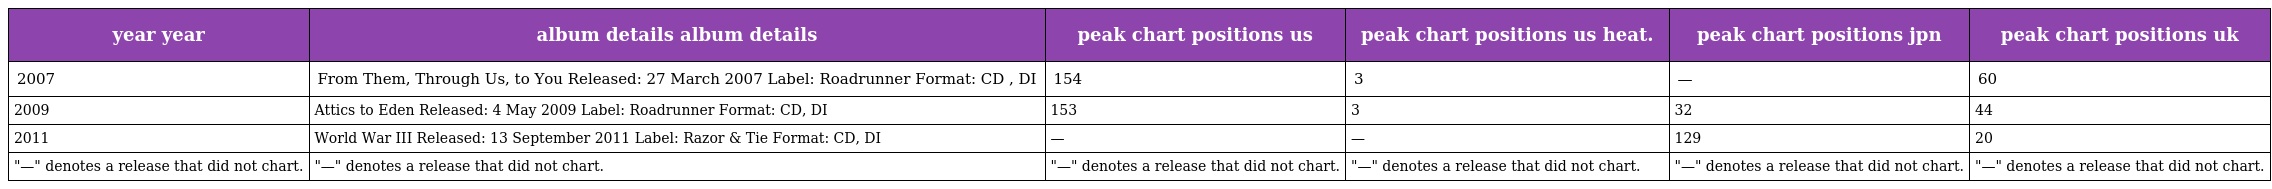
| year year | album details album details | peak chart positions us | peak chart positions us heat. | peak chart positions jpn | peak chart positions uk |
 | --- | --- | --- | --- | --- | --- |
 | 2007 | From Them, Through Us, to You Released: 27 March 2007 Label: Roadrunner Format: CD , DI | 154 | 3 | — | 60 |
 | 2009 | Attics to Eden Released: 4 May 2009 Label: Roadrunner Format: CD, DI | 153 | 3 | 32 | 44 |
 | 2011 | World War III Released: 13 September 2011 Label: Razor & Tie Format: CD, DI | — | — | 129 | 20 |
 | "—" denotes a release that did not chart. | "—" denotes a release that did not chart. | "—" denotes a release that did not chart. | "—" denotes a release that did not chart. | "—" denotes a release that did not chart. | "—" denotes a release that did not chart. |